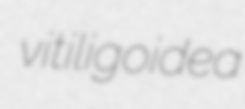
vitiligoidea